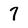
Character: 7